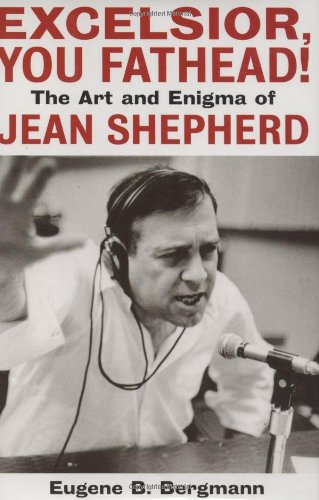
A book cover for Excelsior, You Fathead!: The Art and Enigma of Jean Shepherd; Eugene B. Bergmann; Biographies & Memoirs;